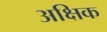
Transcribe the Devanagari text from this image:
अक्षिक